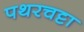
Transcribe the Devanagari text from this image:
पथरचट्टा